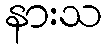
နားသ